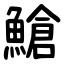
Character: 䱽